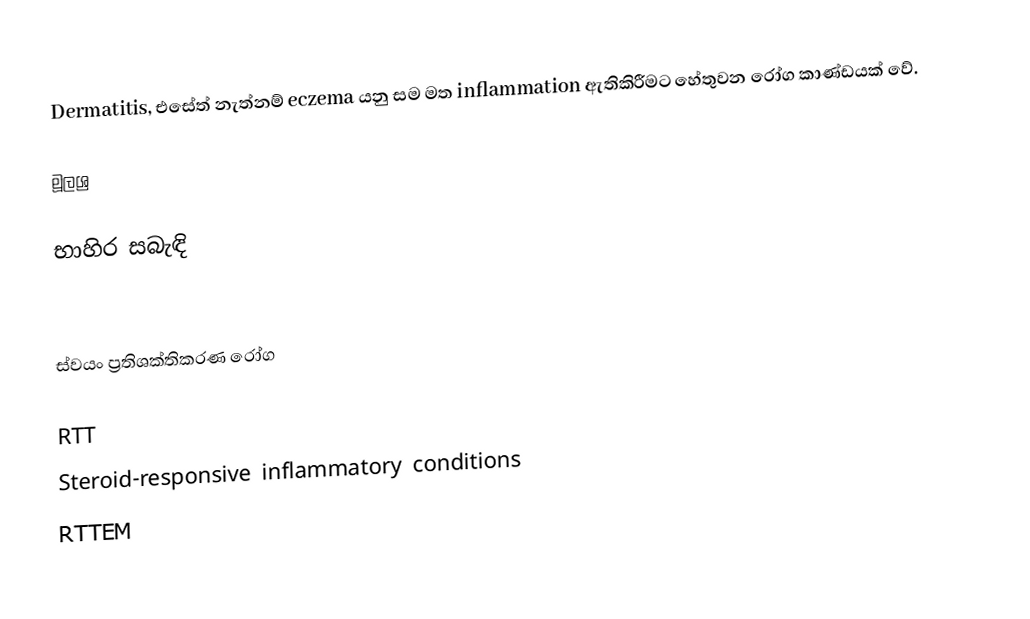
Dermatitis, එසේත් නැත්නම් eczema යනු සම මත inflammation ඇතිකිරීමට හේතුවන රෝග කාණ්ඩයක් වේ.

මූලශ්‍ර

භාහිර සබැඳි

ස්වයං ප්‍රතිශක්තිකරණ රෝග

RTT
Steroid-responsive inflammatory conditions
RTTEM